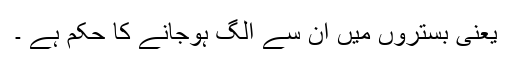
یعنی بستروں میں ان سے الگ ہوجانے کا حکم ہے ۔